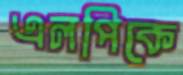
এলপিকে